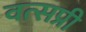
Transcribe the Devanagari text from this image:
वत्सप्री